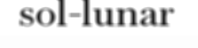
sol-lunar